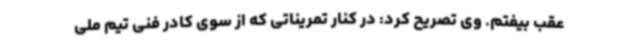
عقب بیفتم. وی تصریح کرد: در کنار تمریناتی که از سوی کادر فنی تیم ملی